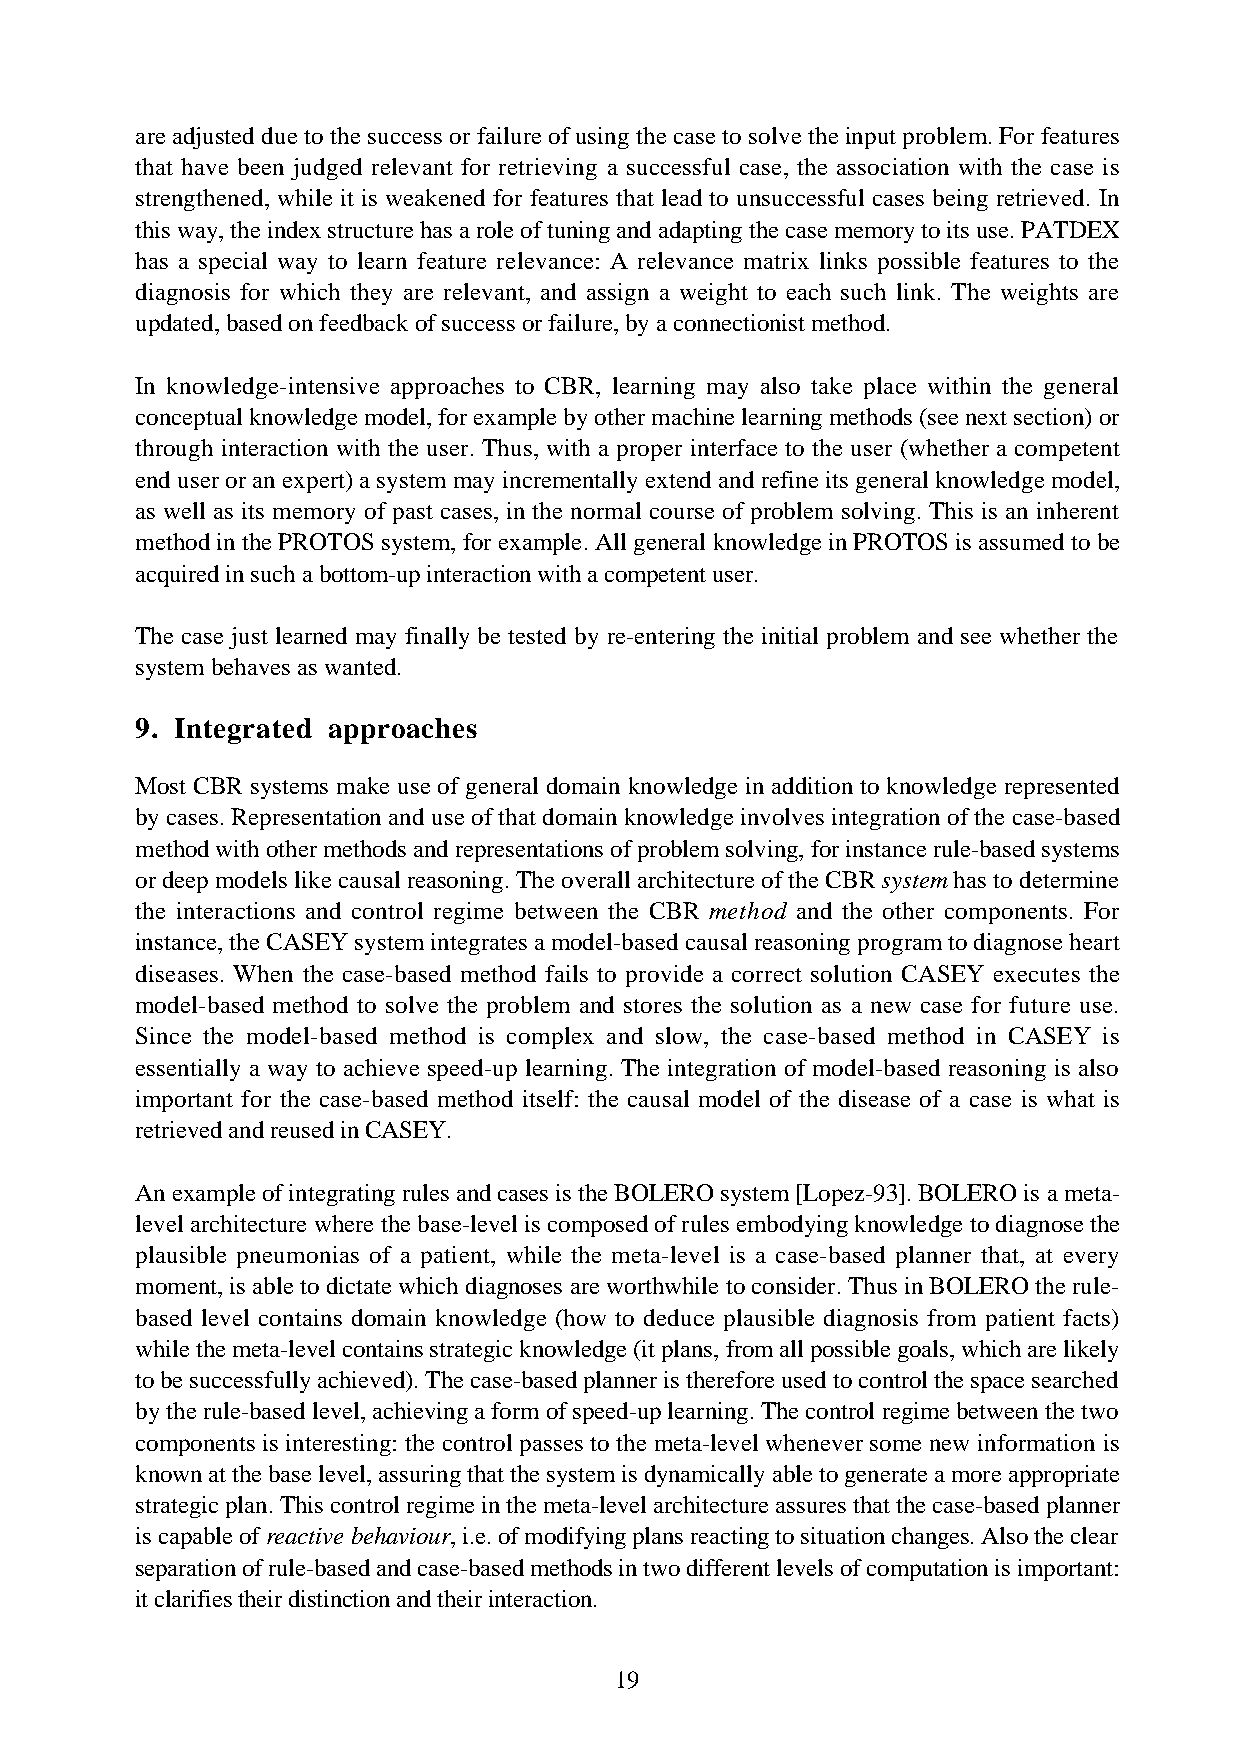
are adjusted due to the success or failure of using the case to solve the input problem. For features
 that have been judged relevant for retrieving a successful case, the association with the case is
 strengthened, while it is weakened for features that lead to unsuccessful cases being retrieved. In
 this way, the index structure has a role of tuning and adapting the case memory to its use. PATDEX
 has a special way to learn feature relevance: A relevance matrix links possible features to the
 diagnosis for which they are relevant, and assign a weight to each such link. The weights are
 updated, based on feedback of success or failure, by a connectionist method.
 In knowledge-intensive approaches to CBR, learning may also take place within the general
 conceptual knowledge model, for example by other machine learning methods (see next section) or
 through interaction with the user. Thus, with a proper interface to the user (whether a competent
 end user or an expert) a system may incrementally extend and refine its general knowledge model,
 as well as its memory of past cases, in the normal course of problem solving. This is an inherent
 method in the PROTOS system, for example. All general knowledge in PROTOS is assumed to be
 acquired in such a bottom-up interaction with a competent user.
 The case just learned may finally be tested by re-entering the initial problem and see whether the
 system behaves as wanted.
 9. Integrated approaches
 Most CBR systems make use of general domain knowledge in addition to knowledge represented
 by cases. Representation and use of that domain knowledge involves integration of the case-based
 method with other methods and representations of problem solving, for instance rule-based systems
 or deep models like causal reasoning. The overall architecture of the CBR system has to determine
 the interactions and control regime between the CBR method and the other components. For
 instance, the CASEY system integrates a model-based causal reasoning program to diagnose heart
 diseases. When the case-based method fails to provide a correct solution CASEY executes the
 model-based method to solve the problem and stores the solution as a new case for future use.
 Since the model-based method is complex and slow, the case-based method in CASEY is
 essentially a way to achieve speed-up learning. The integration of model-based reasoning is also
 important for the case-based method itself: the causal model of the disease of a case is what is
 retrieved and reused in CASEY.
 An example of integrating rules and cases is the BOLERO system [Lopez-93]. BOLERO is a meta-
 level architecture where the base-level is composed of rules embodying knowledge to diagnose the
 plausible pneumonias of a patient, while the meta-level is a case-based planner that, at every
 moment, is able to dictate which diagnoses are worthwhile to consider. Thus in BOLERO the rule-
 based level contains domain knowledge (how to deduce plausible diagnosis from patient facts)
 while the meta-level contains strategic knowledge (it plans, from all possible goals, which are likely
 to be successfully achieved). The case-based planner is therefore used to control the space searched
 by the rule-based level, achieving a form of speed-up learning. The control regime between the two
 components is interesting: the control passes to the meta-level whenever some new information is
 known at the base level, assuring that the system is dynamically able to generate a more appropriate
 strategic plan. This control regime in the meta-level architecture assures that the case-based planner
 is capable of reactive behaviour, i.e. of modifying plans reacting to situation changes. Also the clear
 separation of rule-based and case-based methods in two different levels of computation is important:
 it clarifies their distinction and their interaction.
 19